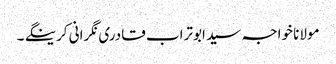
مولانا خواجہ سید ابوتراب قادری نگرانی کرینگے ۔